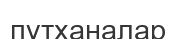
пұтханалар